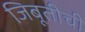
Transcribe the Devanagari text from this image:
जिबूतीची